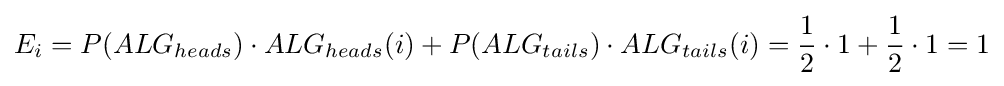
E_{i}=P(ALG_{heads})\cdot ALG_{heads}(i)+P(ALG_{tails})\cdot ALG_{tails}(i)={\frac {1}{2}}\cdot 1+{\frac {1}{2}}\cdot 1=1